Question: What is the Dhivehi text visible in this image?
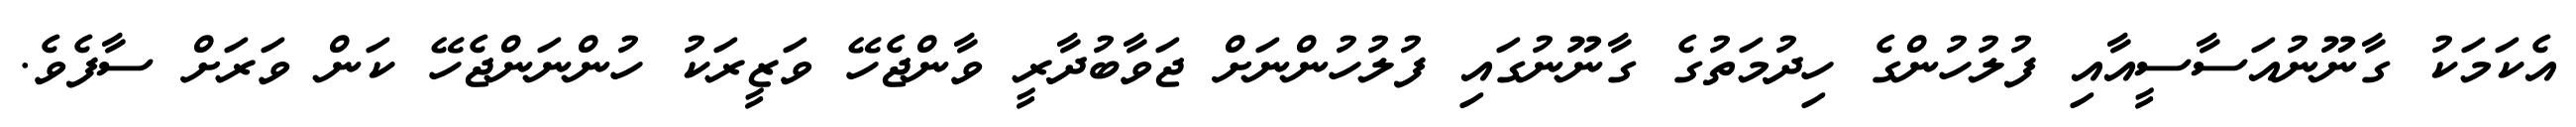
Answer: އެކަމަކު ގާނޫނުއަސާސީއާއި ފުލުހުންގެ ހިދުމަތުގެ ގާނޫނުގައި ފުލުހުންނަށް ޖަވާބުދާރީ ވާންޖެހޭ ވަޒީރަކު ހުންނަންޖެހޭ ކަން ވަރަށް ސާފެވެ.